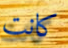
كانت